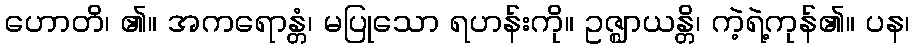
ဟောတိ၊ ၏။ အကရောန္တံ၊ မပြုသော ရဟန်းကို။ ဥဇ္ဈာယန္တိ၊ ကဲ့ရဲ့ကုန်၏။ ပန၊